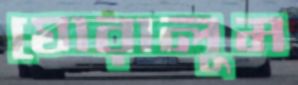
ঘোরালুম